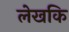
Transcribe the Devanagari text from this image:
लेखकि